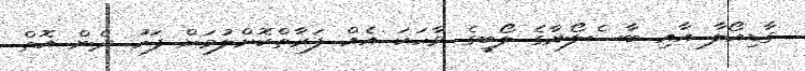
ގާޑިއޯލާ އާއި ބާސެލޯނާގެ ލޯބީގެ ވާހަކަ އެއް ފަރާތްކޮށްލުމަށް ފަހު ދެން އޮތް